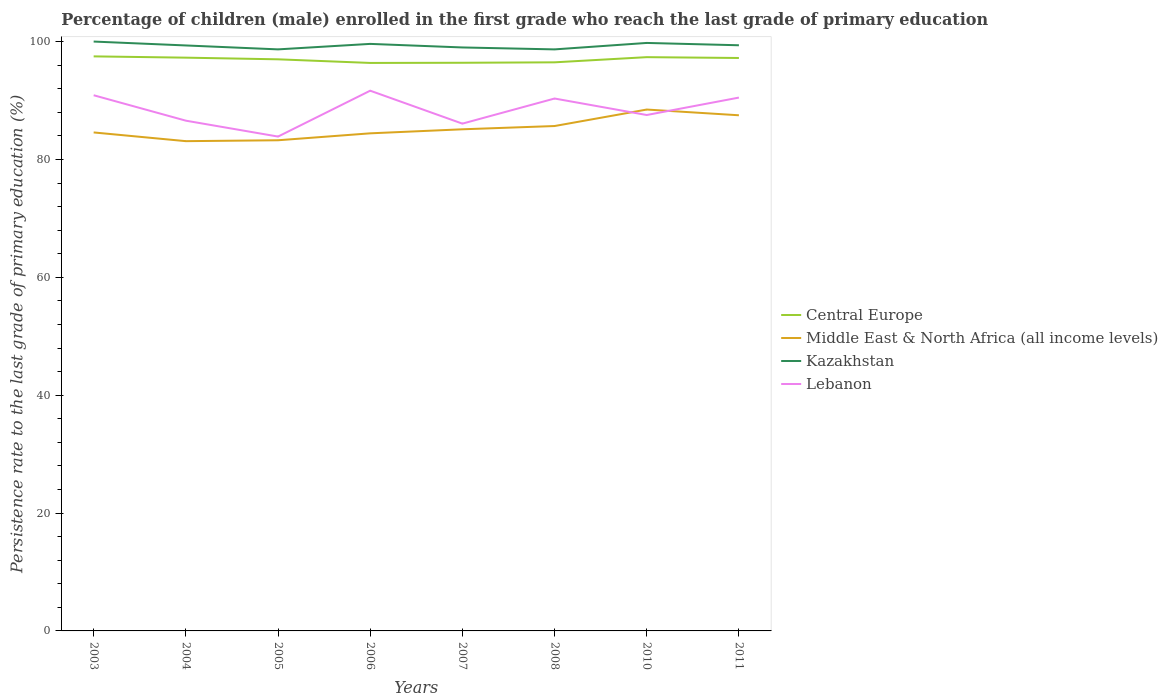
| Years | Central Europe | Middle East & North Africa (all income levels) | Kazakhstan | Lebanon |
 | --- | --- | --- | --- | --- |
 | 2003 | 97.5 | 84.6 | 100 | 90.9 |
 | 2004 | 97.3 | 83.1 | 99.3 | 86.6 |
 | 2005 | 97 | 83.3 | 98.7 | 83.9 |
 | 2006 | 96.4 | 84.4 | 99.6 | 91.7 |
 | 2007 | 96.4 | 85.1 | 99 | 86.1 |
 | 2008 | 96.5 | 85.7 | 98.7 | 90.3 |
 | 2010 | 97.4 | 88.5 | 99.8 | 87.5 |
 | 2011 | 97.2 | 87.5 | 99.4 | 90.5 |